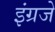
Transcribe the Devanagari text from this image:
इंग्रजे